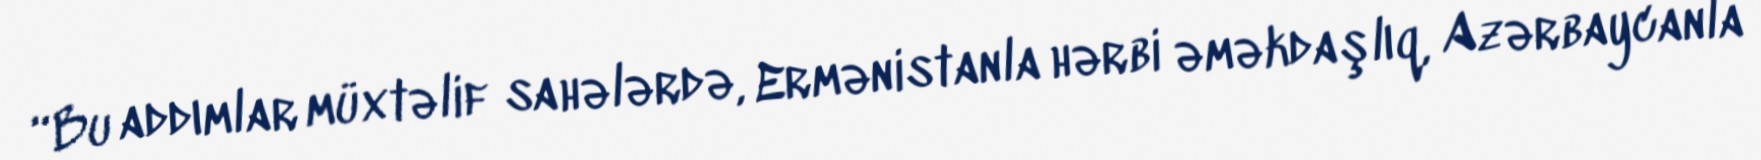
“Bu addımlar müxtəlif sahələrdə, Ermənistanla hərbi əməkdaşlıq, Azərbaycanla